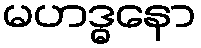
မဟဒ္ဓနော